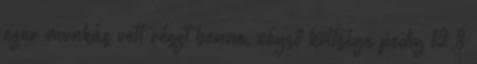
ezer munkás vett részt benne, végső költsége pedig 12,3